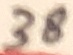
Text: 38